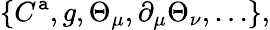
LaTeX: \{ C^{\mathtt{a}},g,\Theta_{\mu},\partial_{\mu}\Theta_{\nu},\ldots\} ,